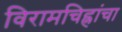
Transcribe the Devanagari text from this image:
विरामचिह्नांचा